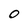
Character: O